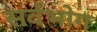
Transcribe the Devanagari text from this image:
सर्वभोग